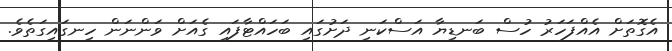
އެގޮތަށް އެއްފަހަރު ހުސް ބަނޑިޔާ އަސްކަނި ދަށުގައި ބަހައްޓާފައި ގެއަށް ވަންނަން ހިނގައިގަތެވެ.